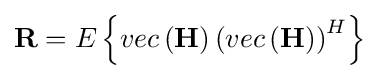
\mathbf {R} =E\left\{vec\left(\mathbf {H} \right)\left(vec\left(\mathbf {H} \right)\right)^{H}\right\}